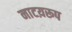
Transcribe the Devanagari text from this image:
नाटय़रूप